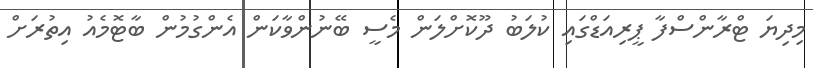
މިދިޔަ ޓްރާންސްފާ ޕީރިއަޑްގައި ކުލަބު ދޫކޮށްލަން މެސީ ބޭނުންވާކަން އެންގުމުން ބާޓޮމެއު އިތުރަށް